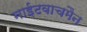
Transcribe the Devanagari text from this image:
नाईटवाचमैन